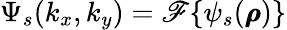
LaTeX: \Psi_{s}(k_{x},k_{y})=\mathscr{F}\{ \psi_{s}(\pmb{\rho})\}